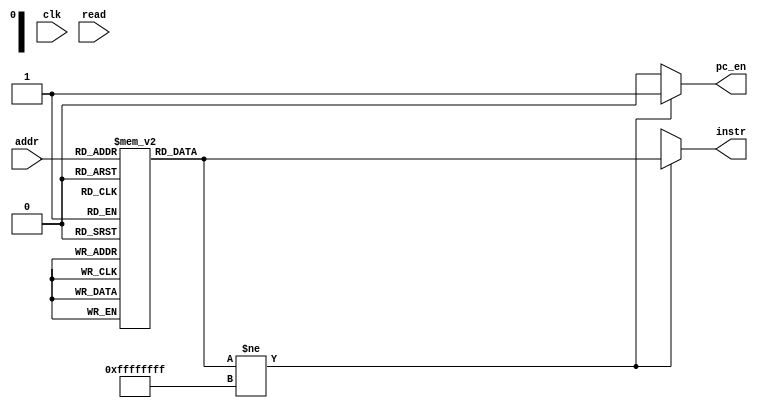
module instr_mem (
    input wire clk,
    input wire read,
    input wire [5:0] addr,
    output wire [31:0] instr,
    output wire pc_en
);
    
reg [31:0] imem[0:63];

// initial
//       $readmemh("instr.txt", imem);
/*
integer i;
initial begin
    for (i = 0 ;i<18 ;i=i+1 ) begin
        $display("mem[%0d] = %h ", i,imem[i]);
    end
end
*/

assign instr = (imem[addr] != 32'hffffffff) ? imem[addr] : 32'bx;
assign pc_en = (imem[addr] != 32'hffffffff) ? 1'b1 : 1'b0;
endmodule